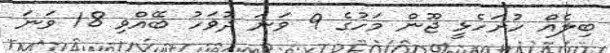
ބިލެއް ހުށަހެޅީ ޖޫން މަހުގެ 9 ވަނަ ދުވަހު ބޭއްވި 18 ވަނަ